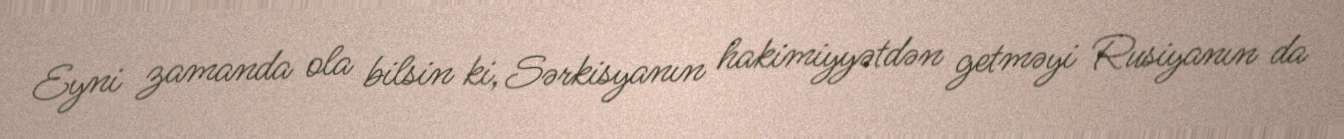
Eyni zamanda ola bilsin ki, Sərkisyanın hakimiyyətdən getməyi Rusiyanın da